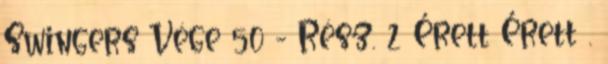
Swingers Vége 50 - Rész. 2 Érett Érett .